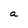
Character: a